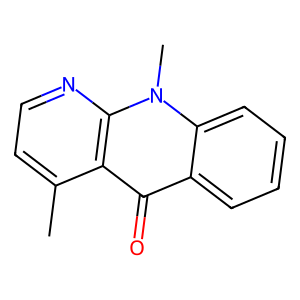
SMILES: Cc1ccnc2c1c(=O)c1ccccc1n2C
Inhibits HIV replication: No